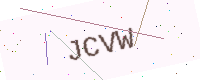
Text: JCVW